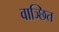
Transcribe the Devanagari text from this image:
वाञ्छित